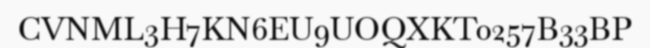
CVNML3H7KN6EU9UOQXKT0257B33BP